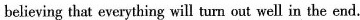
believing that everything will turn out well in the end.